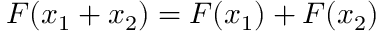
F ( x _ { 1 } + x _ { 2 } ) = F ( x _ { 1 } ) + F ( x _ { 2 } )